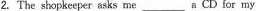
2.The shopkeeper asks me_________ a CD for my